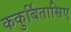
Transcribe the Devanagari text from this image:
ककुर्बितासिए